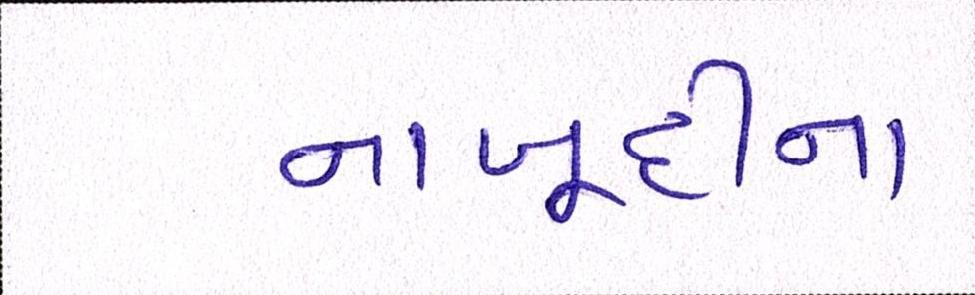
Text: નાબૂદીના